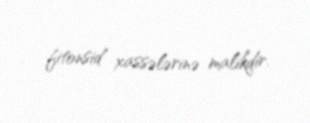
fitonsid xassələrinə malikdir.